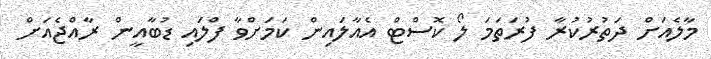
މާލެއަށް ދަތުރުކުރާ ފުރަތަމަ ލޯ ކޮސްޓް އެއާލައިން ކަމަށްވާ ފްލައި ޑުބާއީން ރާއްޖެއަށް